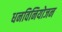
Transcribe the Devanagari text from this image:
धनविनियोजन